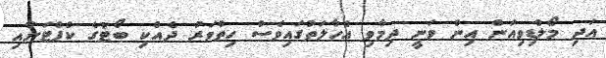
އަދި މޯލްޑިވިއަން އިން ވަނީ ދިމާވި އެހާލަތުގައިވެސް ހިތްވަރު ދެއްކި ބޯޓުގެ ކެޕްޓަނާއި